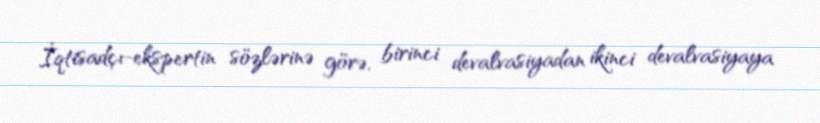
İqtisadçı-ekspertin sözlərinə görə, birinci devalvasiyadan ikinci devalvasiyaya